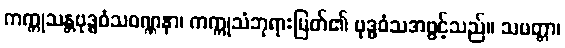
ကက္ကုသန္တဗုဒ္ဓဝံသဝဏ္ဏနာ၊ ကက္ကုသံဘုရားမြတ်၏ ဗုဒ္ဓဝံသအဖွင့်သည်။ သမတ္တာ၊